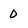
Character: 0